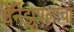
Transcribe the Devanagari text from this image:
वेनेंझुएलाचा